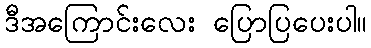
ဒီအကြောင်းလေး ပြောပြပေးပါ။